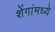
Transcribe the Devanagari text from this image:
शेंगांमध्ये